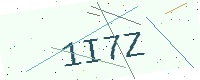
Text: 1I7Z